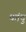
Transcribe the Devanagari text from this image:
कांदु